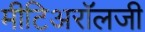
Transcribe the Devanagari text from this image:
मीटिअरॉलजी